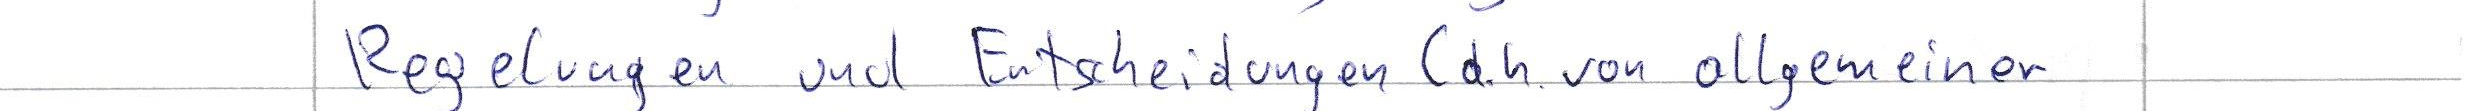
Regelungen und Entscheidungen (d.h. von allgemeiner